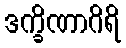
ဒက္ခိဏာဂိရိ